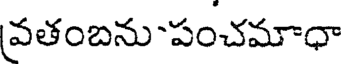
వతంబను-పంచమాధా